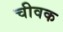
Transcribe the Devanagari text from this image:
चीवक